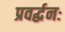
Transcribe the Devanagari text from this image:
प्रवर्द्धनः